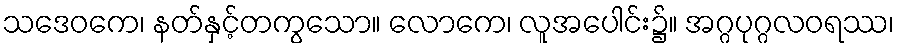
သဒေဝကေ၊ နတ်နှင့်တကွသော။ လောကေ၊ လူအပေါင်း၌။ အဂ္ဂပုဂ္ဂလဝရဿ၊